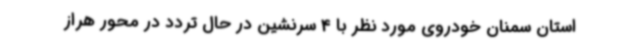
استان سمنان خودروی مورد نظر با 4 سرنشین در حال تردد در محور هراز